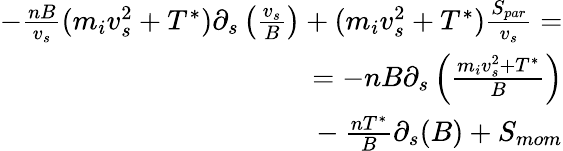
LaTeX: \begin{array}{r}{-\frac{nB}{v_{s}}(m_{i}v_{s}^{2}+T^{*})\partial_{s}\left(\frac{v_{s}}{B}\right)+(m_{i}v_{s}^{2}+T^{*})\frac{S_{par}}{v_{s}}=}\\ {=-nB\partial_{s}\left(\frac{m_{i}v_{s}^{2}+T^{*}}{B}\right)}\\ {~~~-\frac{nT^{*}}{B}\partial_{s}(B)+S_{mom}}\end{array}